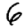
Digit: 6